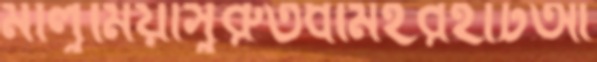
মালুমিয়াসুরুতধামইরহাটআ